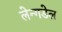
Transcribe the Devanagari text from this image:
लेन्गडेल